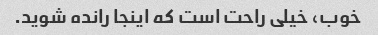
خوب، خیلی راحت است که اینجا رانده شوید.